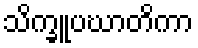
သိက္ခူပဃာတိကာ